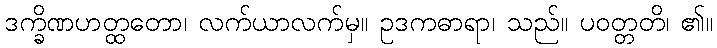
ဒက္ခိဏဟတ္ထတော၊ လက်ယာလက်မှ။ ဥဒကဓာရာ၊ သည်။ ပဝတ္တတိ၊ ၏။